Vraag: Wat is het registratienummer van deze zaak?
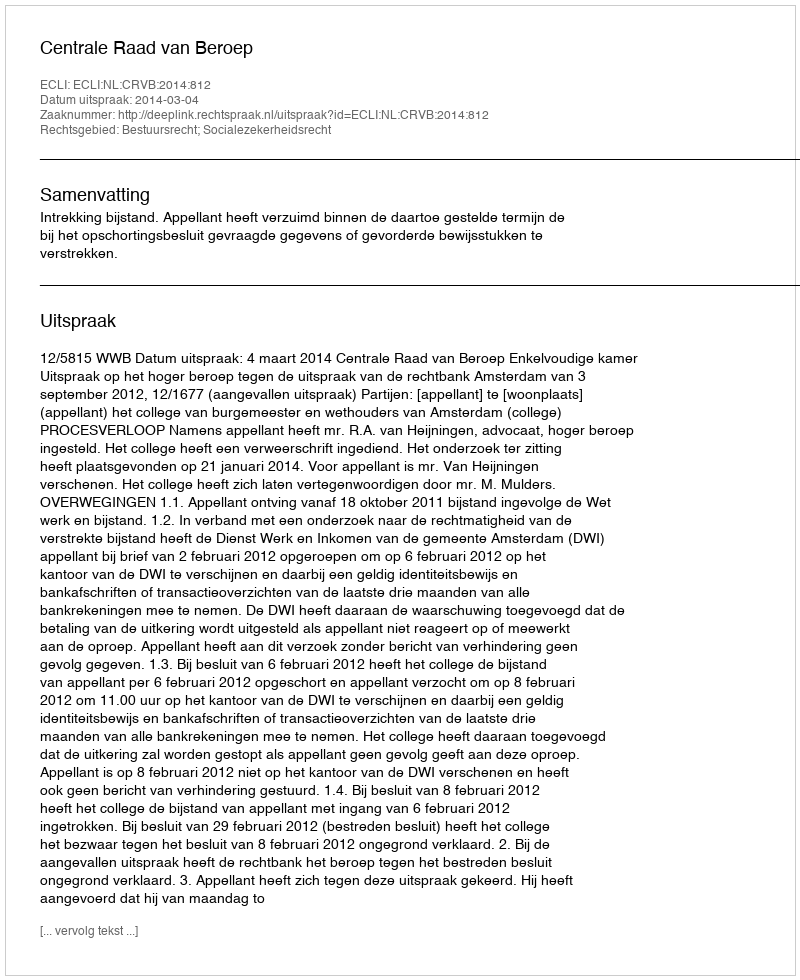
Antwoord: http://deeplink.rechtspraak.nl/uitspraak?id=ECLI:NL:CRVB:2014:812